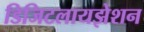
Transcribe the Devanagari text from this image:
डिजिटलायझेशन